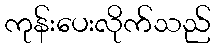
ကုန်းပေးလိုက်သည်